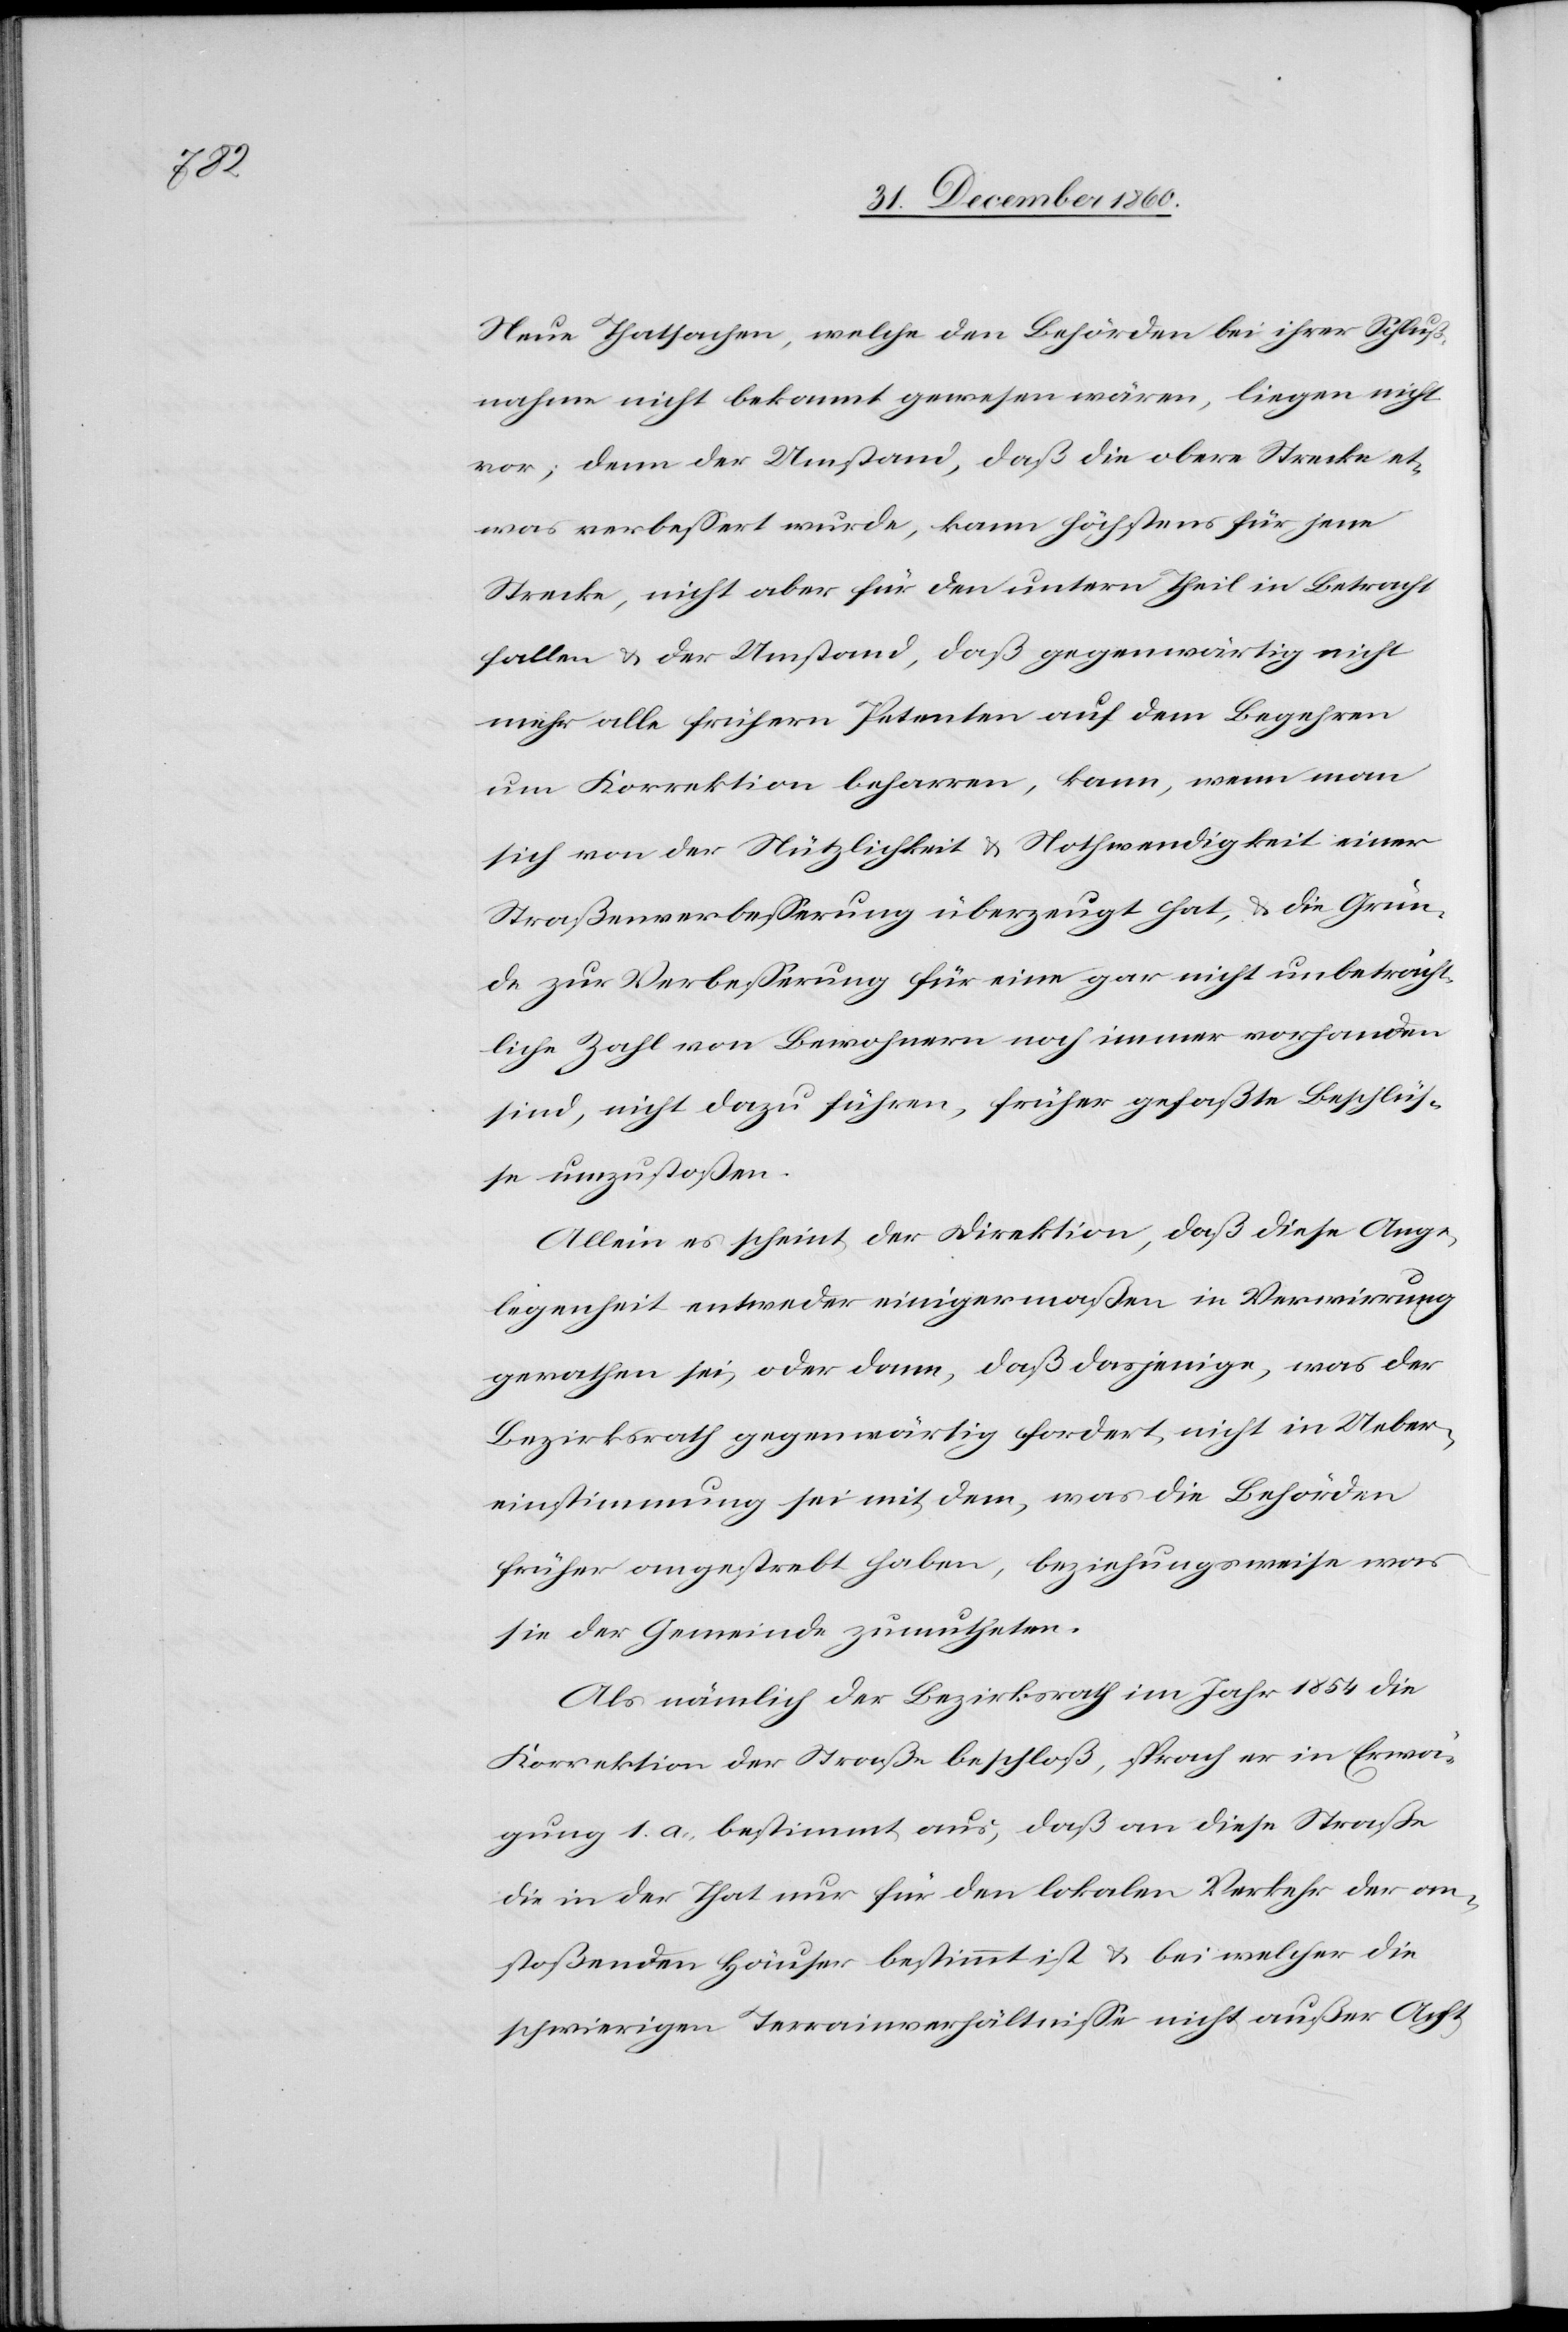
Neue Thatasache, welche den Behörden bei ihrer Schluß¬
nahme nicht bekannt gewesen waren, liegen nicht
vor; denn der Umstand, daß die obere Strecke et¬
was verbessert wurde, kann höchstens für jene
Strecke, nicht aber für den untern Theil in Betracht
fallen u. der Umstand, daß gegenwärtig nicht
mehr alle frühern Petenten auf dem Begehren
um Korrektion beharren, kann, wenn man
sich von der Nützlichkeit u. Nothwendigkeit einer
Straßenverbesserung überzeugt hat, u. die Grün¬
de zur Verbesserung für eine gar nicht unbeträcht¬
liche Zahl von Bewohnern noch immer vorhanden
sind, nicht dazu führen, früher gefaßte Beschlüs¬
se umzustoßen.
Allein es scheint der Direktion, daß diese Ange¬
legenheit entweder einigermaßen in Verwirrung
gerathen sei, oder dann, daß dasjenige, was der
Bezirksrath gegenwärtig fordert, nicht in Ueber¬
einstimmung sei mit dem, was die Behörden
früher angestrebt haben, beziehungsweise wa¬
s der Gemeinde zumutheten.
Als nämlich der Bezirksrath im Jahr 1854 die
Korrektion der Straße beschloß sprach er in Erwä¬
gung 1. a. bestimmt aus, daß an diese Straße
die in der That nur für den lokalen Verkehr der an¬
stoßenden Häuser bestimmt ist u. bei welcher die
schwierigen Terrainverhältnisse nicht außer Acht